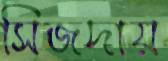
সিজদায়